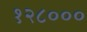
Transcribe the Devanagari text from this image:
१२८०००